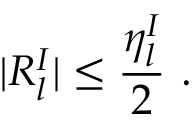
| R _ { l } ^ { I } | \leq \frac { \eta _ { l } ^ { I } } { 2 } \ .